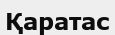
Қаратас